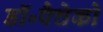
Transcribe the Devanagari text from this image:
डॉ॰पैचेको